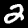
Digit: 2